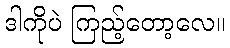
ဒါကိုပဲ ကြည့်တော့လေ။